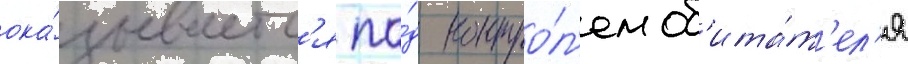
ока́зываетс'я по́д контро́л'ем об'ита́т'ел'я